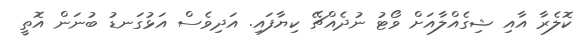
ކޮލެރާ އާއި ޝިގެއްލާއަށް ވޯޓު ނުދެއްޗޭ ކިޔާފައި. އަދިވެސް އަޅުގަނޑު ބުނަން އޮތީ